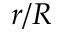
r / R